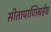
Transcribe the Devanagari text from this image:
सीतापाणिग्रहेष्ट